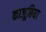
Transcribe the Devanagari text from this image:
काजूबिया